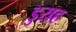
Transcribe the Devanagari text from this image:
डुराह